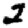
Digit: 2